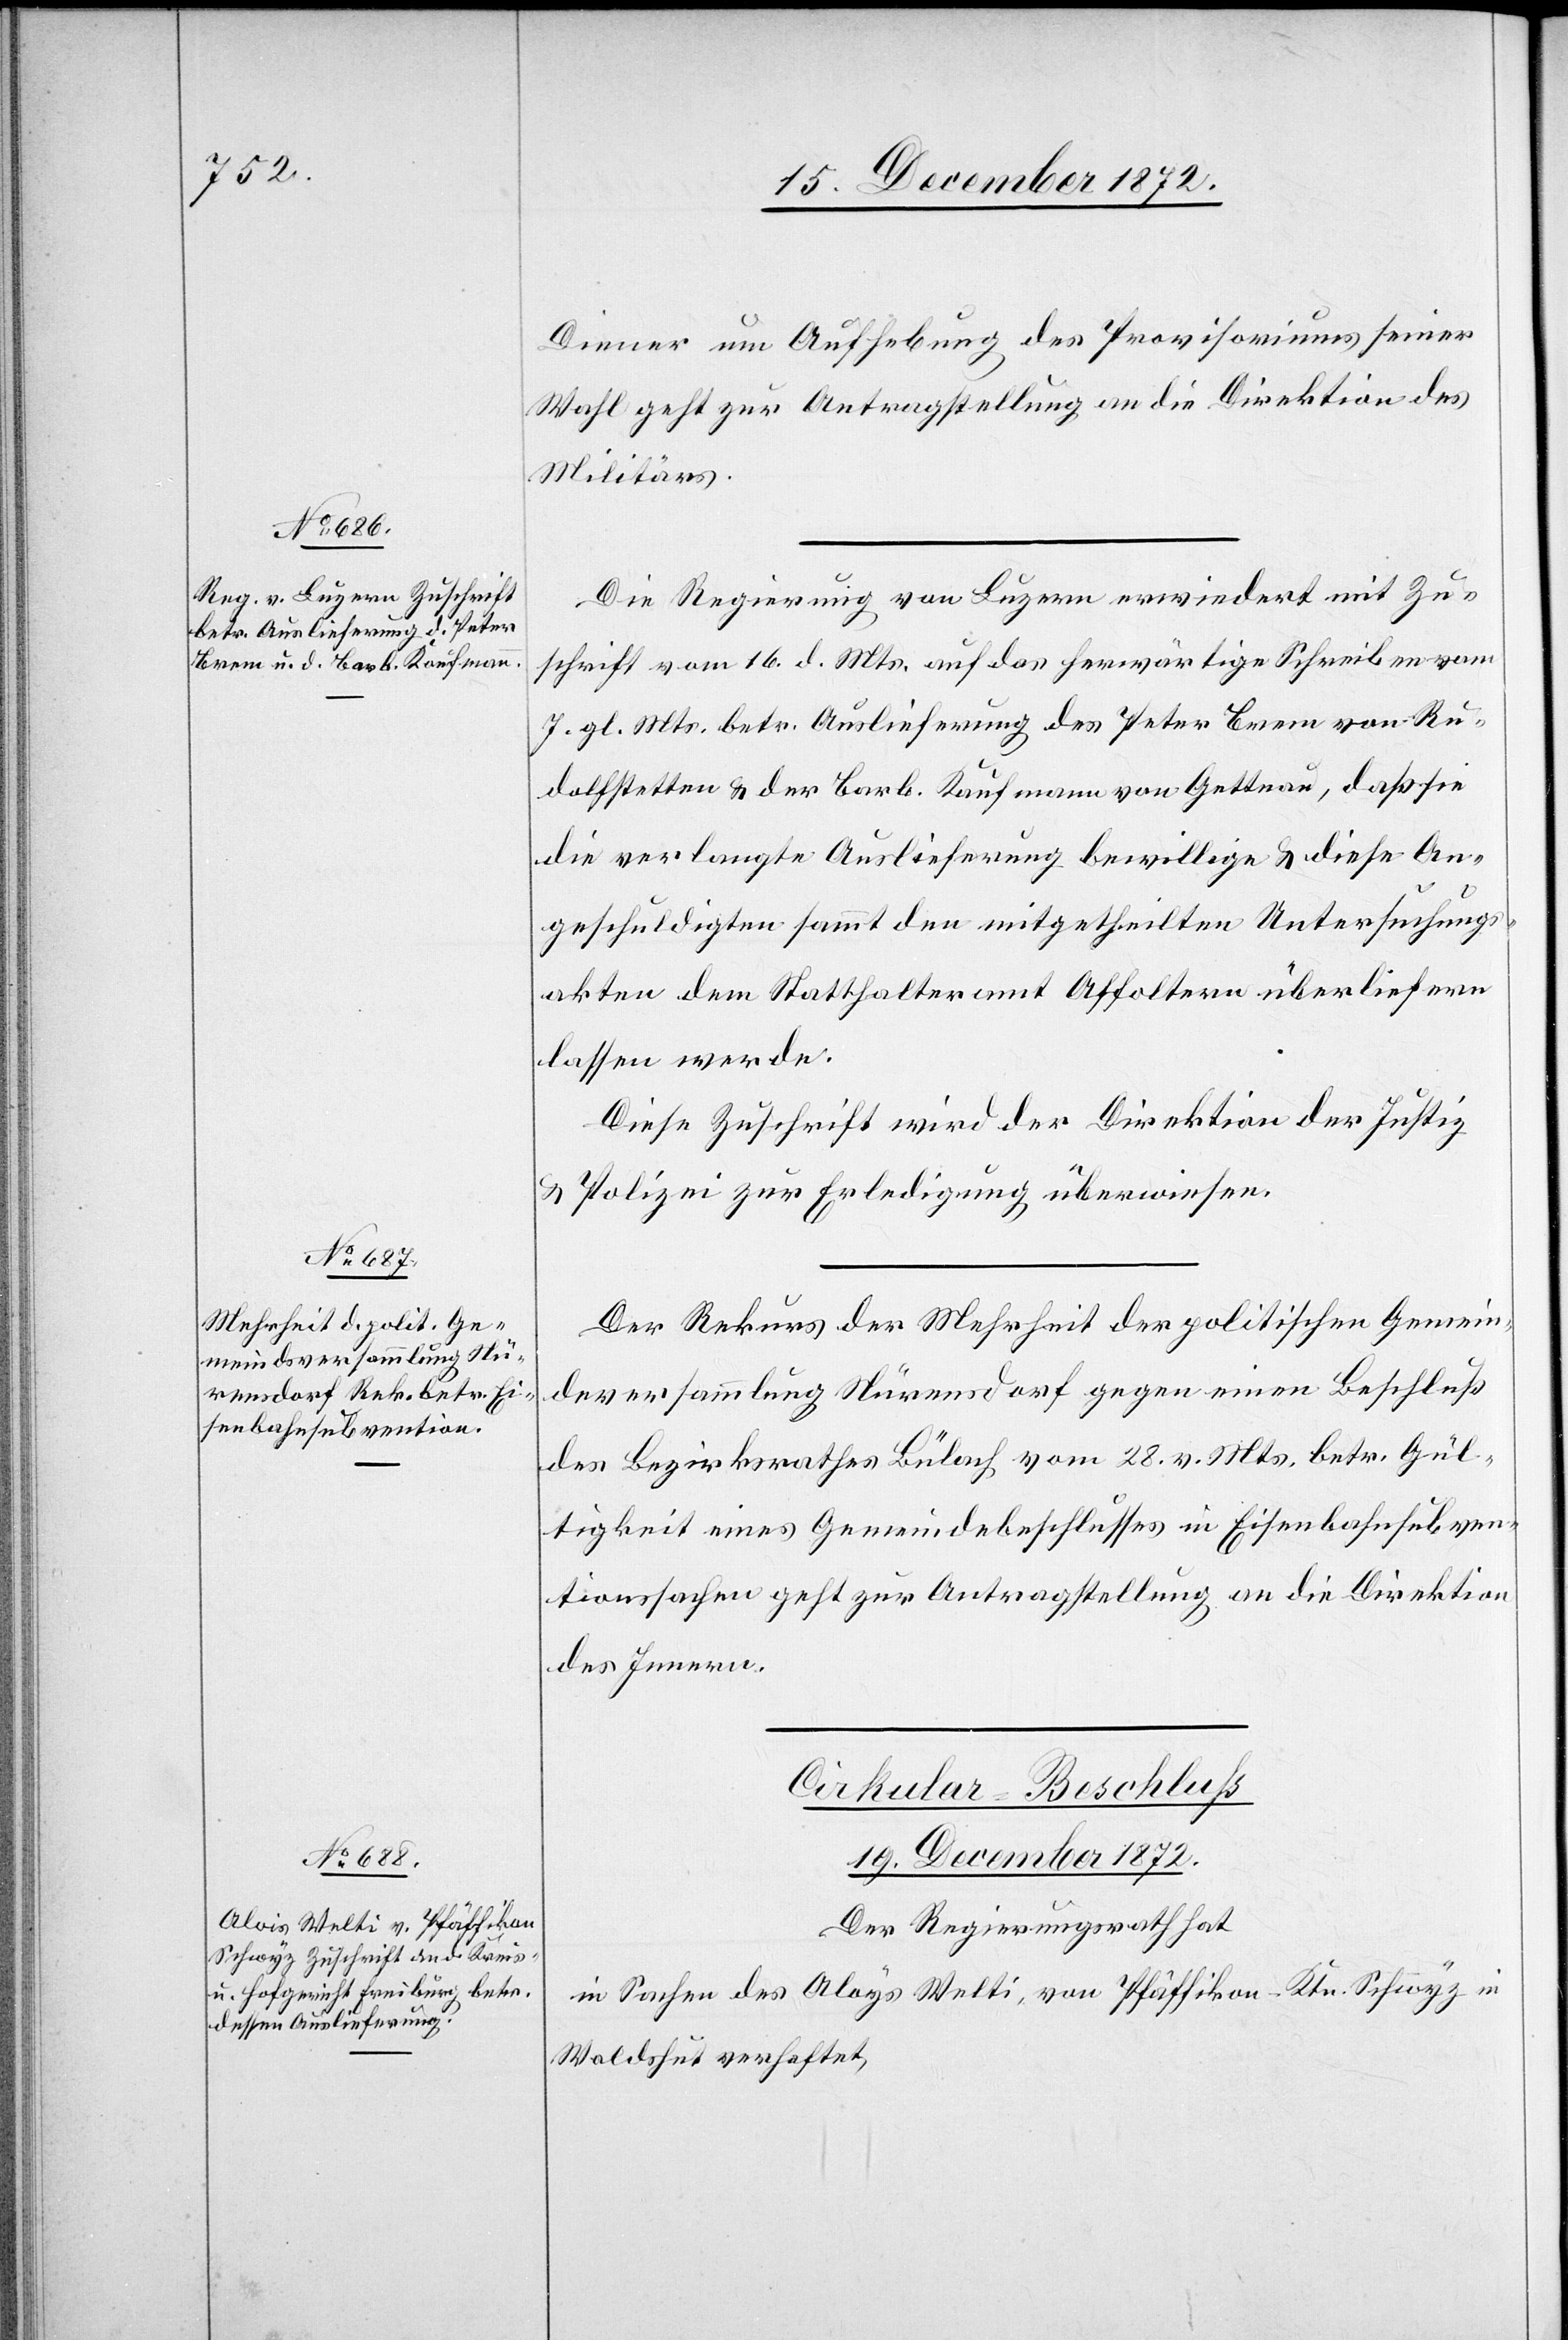
19. December 1872.
Diener um Aufhebung des Provisoriums seiner
Wahl geht zur Antragstellung an die Direktion des
Militärs.
Die Regierung von Luzern erwiedert mit Zu¬
schrift vom 16. d. Mts. auf das herwärtige Schreiben vom
7. gl. Mts. betr. Auslieferung des Peter Brem von Ru¬
dolfstetten u. der Barb. Kaufmann von Gettnau, daß sie
die verlangte Auslieferung bewillige u. diese An¬
geschuldigten sammt den mitgetheilten Untersuchungs¬
akten dem Statthalteramt Affoltern überliefern
lassen werde.
Diese Zuschrift wird der Direktion der Justiz
u. Polizei zur Erledigung überwiesen.
Der Rekurs der Mehrheit der politischen Gemein¬
deversammlung Nürensdorf gegen einen Beschluß
des Bezirksrathes Bülach vom 28. v. Mts. betr. Gül¬
tigkeit eines Gemeindebeschlusses in Eisenbahnsubven¬
tionssachen geht zur Antragstellung an die Direktion
des Innern.
Cirkular-Beschluss
Der Regierungsrath hat
in Sachen des Aloys [sic!] Welti, von Pfäffikon-Ktn. Schwyz in
Waldshut verhaftet,